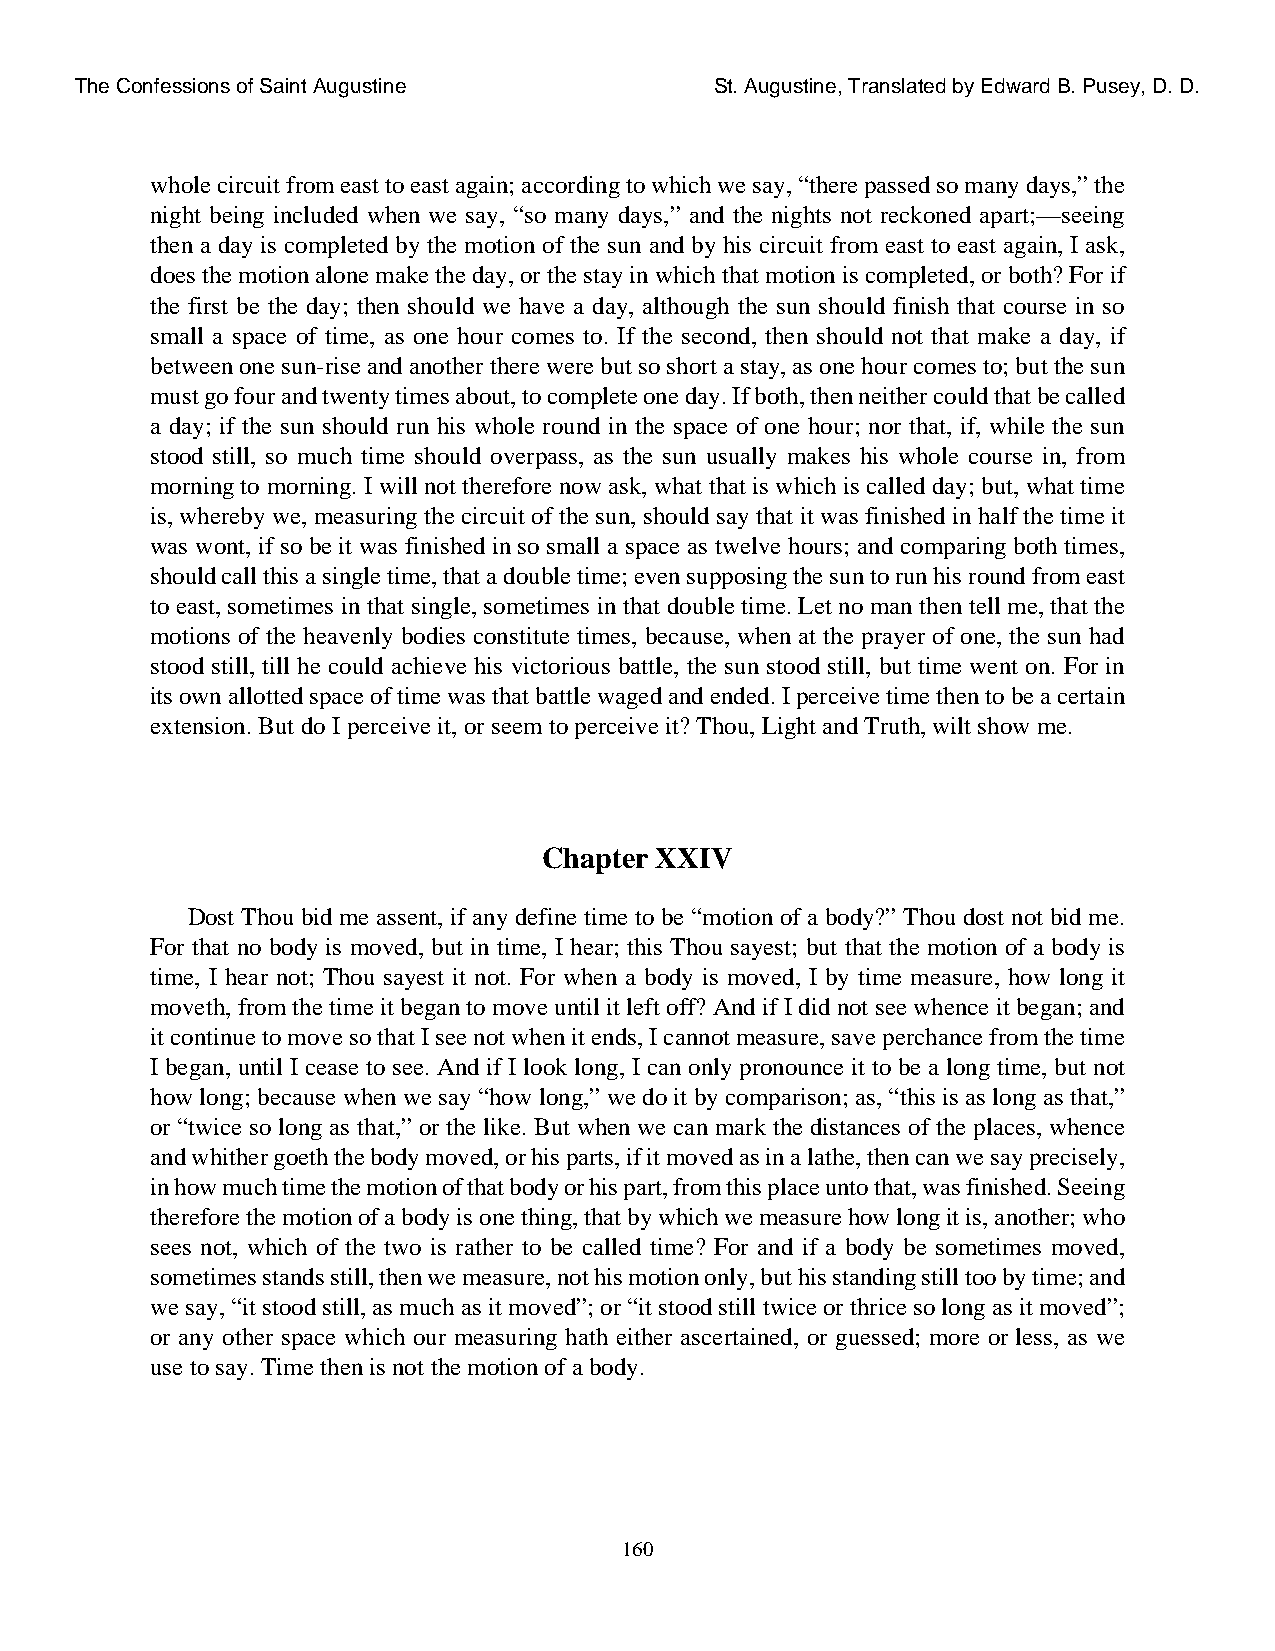
The Confessions of Saint Augustine        St. Augustine, Translated by Edward B. Pusey, D. D.
 whole circuit from east to east again; according to which we say, “there passed so many days,” the
 night being included when we say, “so many days,” and the nights not reckoned apart;—seeing
 then a day is completed by the motion of the sun and by his circuit from east to east again, I ask,
 does the motion alone make the day, or the stay in which that motion is completed, or both? For if
 the first be the day; then should we have a day, although the sun should finish that course in so
 small a space of time, as one hour comes to. If the second, then should not that make a day, if
 between one sun-rise and another there were but so short a stay, as one hour comes to; but the sun
 must go four and twenty times about, to complete one day. If both, then neither could that be called
 a day; if the sun should run his whole round in the space of one hour; nor that, if, while the sun
 stood still, so much time should overpass, as the sun usually makes his whole course in, from
 morning to morning. I will not therefore now ask, what that is which is called day; but, what time
 is, whereby we, measuring the circuit of the sun, should say that it was finished in half the time it
 was wont, if so be it was finished in so small a space as twelve hours; and comparing both times,
 should call this a single time, that a double time; even supposing the sun to run his round from east
 to east, sometimes in that single, sometimes in that double time. Let no man then tell me, that the
 motions of the heavenly bodies constitute times, because, when at the prayer of one, the sun had
 stood still, till he could achieve his victorious battle, the sun stood still, but time went on. For in
 its own allotted space of time was that battle waged and ended. I perceive time then to be a certain
 extension. But do I perceive it, or seem to perceive it? Thou, Light and Truth, wilt show me.
 Chapter XXIV
 Dost Thou bid me assent, if any define time to be “motion of a body?” Thou dost not bid me.
 For that no body is moved, but in time, I hear; this Thou sayest; but that the motion of a body is
 time, I hear not; Thou sayest it not. For when a body is moved, I by time measure, how long it
 moveth, from the time it began to move until it left off? And if I did not see whence it began; and
 it continue to move so that I see not when it ends, I cannot measure, save perchance from the time
 I began, until I cease to see. And if I look long, I can only pronounce it to be a long time, but not
 how long; because when we say “how long,” we do it by comparison; as, “this is as long as that,”
 or “twice so long as that,” or the like. But when we can mark the distances of the places, whence
 and whither goeth the body moved, or his parts, if it moved as in a lathe, then can we say precisely,
 in how much time the motion of that body or his part, from this place unto that, was finished. Seeing
 therefore the motion of a body is one thing, that by which we measure how long it is, another; who
 sees not, which of the two is rather to be called time? For and if a body be sometimes moved,
 sometimes stands still, then we measure, not his motion only, but his standing still too by time; and
 we say, “it stood still, as much as it moved”; or “it stood still twice or thrice so long as it moved”;
 or any other space which our measuring hath either ascertained, or guessed; more or less, as we
 use to say. Time then is not the motion of a body.
 160